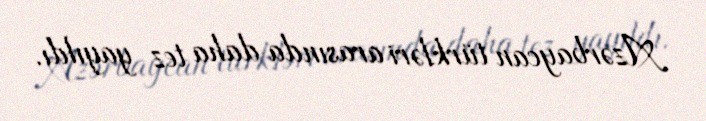
Azərbaycan türkləri arasında daha tez yayıldı.